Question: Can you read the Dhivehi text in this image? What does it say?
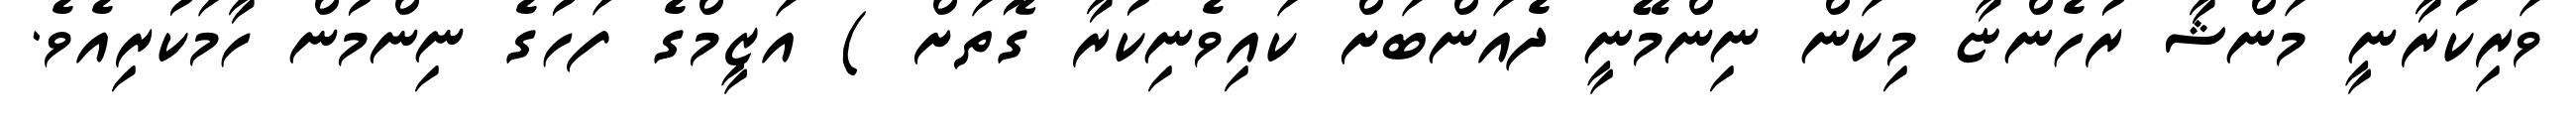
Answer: ވަރިކުރާނީ މަންޝާ ރުހެންޏާ މިކަން ނިންމޭނީ ދެއަންބަށް ކައިވެނިކުރާ ގޮތަށް ) އަޒީމްގެ ފަހުގެ ނިންމުން ހާމަކުރިއެވެ.